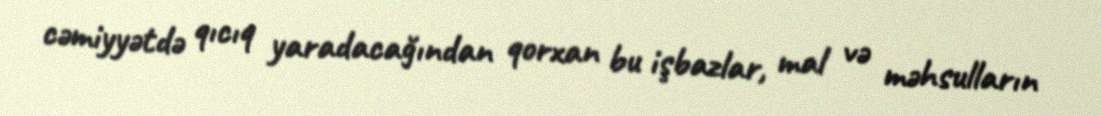
cəmiyyətdə qıcıq yaradacağından qorxan bu işbazlar, mal və məhsulların